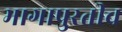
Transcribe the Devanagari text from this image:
भागापुरतीच